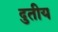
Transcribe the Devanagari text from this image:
दुतीय